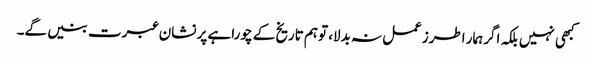
کبھی نہیں بلکہ اگرہمار اطرزعمل نہ بدلا، توہم تاریخ کے چوراہے پر نشان عبرت بنیں گے۔